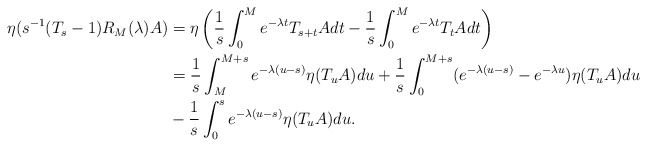
\begin{align*}\eta (s^{-1}(T_s-1)R_M(\lambda)A) & = \eta \left( \frac{1}{s} \int_0^M e^{-\lambda t}T_{s+t}Adt- \frac{1}{s} \int_0^Me^{-\lambda t}T_tAdt \right)\\ & = \frac{1}{s} \int_M^{M+s}e^{-\lambda (u-s)} \eta(T_uA)du+ \frac{1}{s} \int_0^{M+s}(e^{-\lambda (u-s)}-e^{-\lambda u}) \eta (T_uA)du\\ & - \frac{1}{s} \int_0^s e^{-\lambda (u-s)} \eta (T_uA)du.\end{align*}